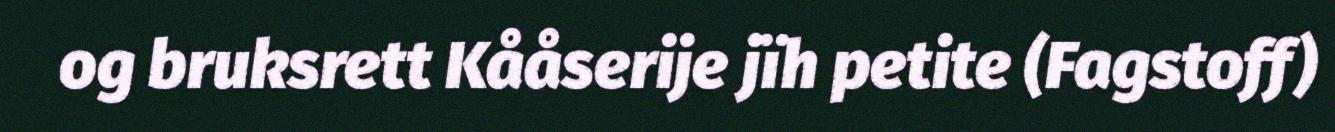
og bruksrett Kååserije jïh petite (Fagstoff)